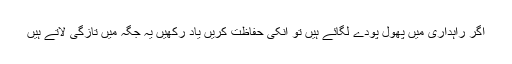
اگر راہداری میں پھول پودے لگائے ہیں تو انکی حفاظت کریں یاد رکھیں یہ جگہ میں تازگی لاتے ہیں